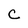
Character: c